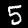
Digit: 5